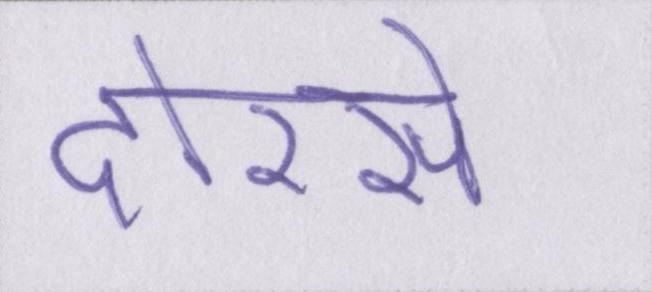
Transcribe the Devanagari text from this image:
दोरसे